Vaccination in Bombay 1874-1876 - 1874-1876
Year: 1874
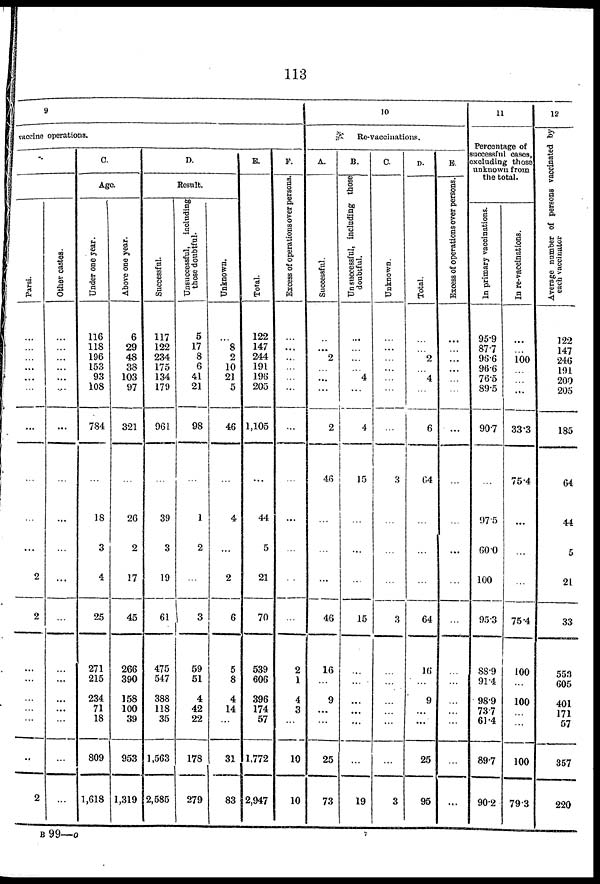
113
9
vaccine operations.
Parsi.
...
...
...
...
...
...
...
...
...
...
2
2
...
...
...
...
...
..
2
Other castes.
...
...
...
...
...
...
...
...
...
...
...
...
...
...
...
...
...
...
...
C.
Age.
Under one year.
116
118
196
153
93
108
784
...
18
3
4
25
271
215
234
71
18
809
1,618
Above one year.
6
29
48
38
103
97
321
...
26
2
17
45
266
390
158
100
39
953
1,319
D.
Result.
Successful.
117
122
234
175
134
179
961
...
39
3
19
61
475
547
388
118
35
1,563
2,585
U nsuccessful, including
those doubtful-
5
17
8
6
41
21
98
...
1
2
...
3
59
51
4
42
22
178
279
Unknown.
...
8
2
10
21
5
46
...
4
...
2
6
5
8
4
14
...
31
83
E.
Total.
122
147
244
191
196
205
1,105
...
44
5
21
70
539
606
396
174
57
1,772
2,947
F.
Excess of operations over persons.
...
...
...
...
...
...
...
...
...
...
...
...
2
1
4
3
...
10
10
10
Re-vaccinations.
A.
Successful.
...
...
2
...
...
...
2
46
...
...
...
46
16
...
9
...
...
25
73
B.
Unsuccessful, including those
doubtful.
...
...
...
...
4
...
4
15
...
...
...
15
...
...
...
...
...
...
19
C.
Unknown.
...
...
...
...
...
...
...
3
...
...
...
3
...
...
...
...
...
...
3
D.
Total.
...
...
2
...
4
...
6
64
...
...
...
64
16
...
9
...
...
25
95
E.
Excess of operations over persons.
...
...
...
...
...
...
...
...
...
...
...
...
...
...
...
...
...
...
...
11
Percentage of
successful cases,
excluding those
unknown from
the total.
In primary vaccinations.
95.9
87.7
96.6
96.6
76.5
89.5
90.7
...
97.5
60.0
100
95.3
88.9
91.4
98.9
73.7
61.4
89.7
90.2
In re-vaccinations.
...
...
100
...
...
...
33.3
75.4
...
...
...
75.4
100
...
100
...
...
100
79.3
12
Average number of persons vaccinated by
each vaccinator
122
147
246
191
200
205
185
64
44
5
21
33
553
605
401
171
57
357
220
B99—o